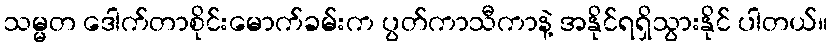
သမ္မတ ဒေါက်တာစိုင်းမောက်ခမ်းက ပွတ်ကာသီကာနဲ့ အနိုင်ရရှိသွားနိုင် ပါတယ်။